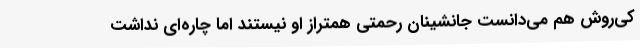
کی‌روش هم می‌دانست جانشینان رحمتی همتراز او نیستند اما چاره‌ای نداشت